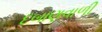
દબાણવાળી